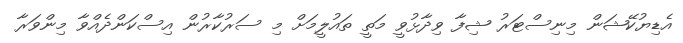
އެޑިޔުކޭޝަން މިނިސްޓަރު ޝިފާ ވިދާޅުވީ މަތީ ތައުލީމަށް މި ސަރުކާރުން އިސްކަންދެއްވާ މިންވަރާ